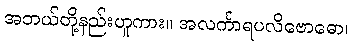
အဘယ်တို့နည်းဟူကား။ အလင်္ကာရပလိဗောဓော၊